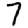
Digit: 7